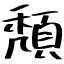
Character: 頽